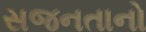
સજનતાનો